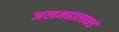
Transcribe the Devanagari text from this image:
जलमहालाकडे